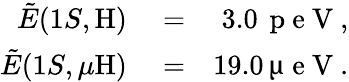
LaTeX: \begin{array}{rlr}{\tilde{E}(1S,\mathrm{H})}&{{}=}&{3.0\, \mathrm{~p~e~V~},}\\ {\tilde{E}(1S,\mu\mathrm{H})}&{{}=}&{19.0\, \upmu\mathrm{~e~V~}.}\end{array}